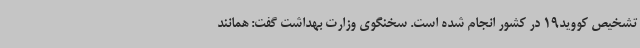
تشخیص کووید19 در کشور انجام شده است. سخنگوی وزارت بهداشت گفت: همانند